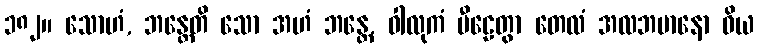
၁၈၂။ သောဟံ, ဘန္တေတိ သော အဟံ ဘန္တေ, ဝါလုကံ ပီဠေတွာ တေလံ အလဘမာနော ဝိယ